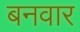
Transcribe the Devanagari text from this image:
बनवार